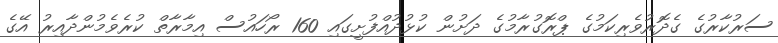
ސަރުކާރުގެ ގެދޮރުވެރިކަމުގެ ޕްރޮގުރާމުގެ ދަށުން ކުޅުދުއްފުށީގައި 160 ރޯހައުސް އިމާރާތް ކުރެވެމުންދާއިރު އޭގެ